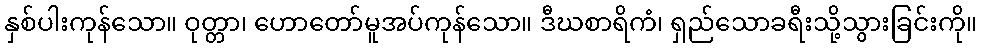
နှစ်ပါးကုန်သော။ ဝုတ္တာ၊ ဟောတော်မူအပ်ကုန်သော။ ဒီဃစာရိကံ၊ ရှည်သောခရီးသို့သွားခြင်းကို။